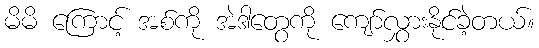
မိမိ ကြောင့် အစ်ကို အဲဒါတွေကို ကျော်လွှားနိုင်ခဲ့တယ်။